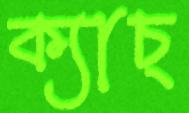
ক্যাচ্